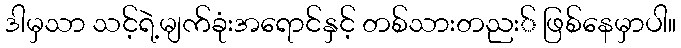
ဒါမှသာ သင့်ရဲ့မျက်ခုံးအရောင်နှင့် တစ်သားတညး် ဖြစ်နေမှာပါ။